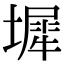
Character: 墀